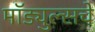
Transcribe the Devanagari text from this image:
मॉड्युल्सचे